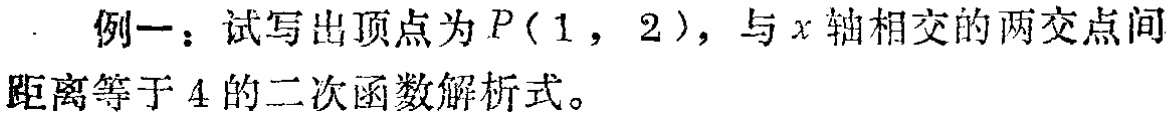
例一：试写出顶点为\(P(1,2)\)，与\(x\)轴相交的两交点间距离等于\(4\)的二次函数解析式。